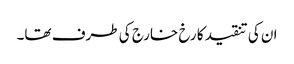
ان کی تنقید کا رخ خارج کی طرف تھا۔